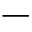
-